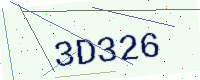
Text: 3D326